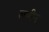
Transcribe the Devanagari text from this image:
लुपीन